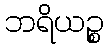
ဘရိယဉ္စ